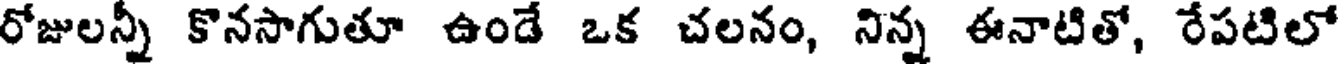
రోజులన్నీ కొనసాగుతూ ఉండే ఒక చలనం, నిన్న ఈనాటితో, రేపటిలో